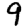
Digit: 9